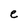
Character: e